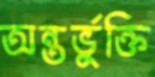
অন্তর্ভুক্তি